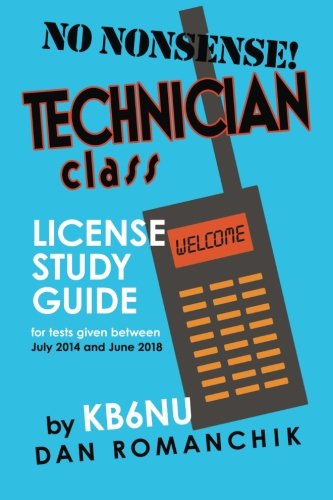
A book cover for No-Nonsense Technician Class License Study Guide: for tests given between July 2014 and June 2018; Dan Romanchik KB6NU; Crafts, Hobbies & Home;